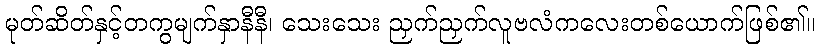
မုတ်ဆိတ်နှင့်တကွမျက်နှာနီနီ၊ သေးသေး ညှက်ညှက်လူဗလံကလေးတစ်ယောက်ဖြစ်၏။